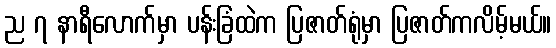
ည ၇ နာရီလောက်မှာ ပန်းခြံထဲက ပြဇာတ်ရုံမှာ ပြဇာတ်ကလိမ့်မယ်။